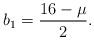
LaTeX: \begin{align*} b_{1}=\frac{16-\mu}{2}. \end{align*}